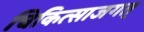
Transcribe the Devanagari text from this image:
चिकित्साजगत्‌